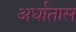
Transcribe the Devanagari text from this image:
अर्धातास